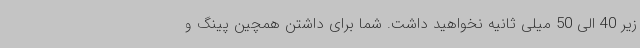
زیر 40 الی 50 میلی ثانیه نخواهید داشت. شما برای داشتن همچین پینگ و